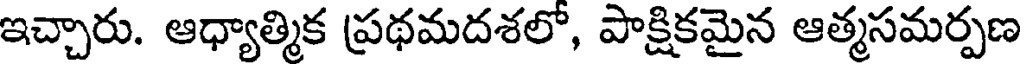
ఇచ్చారు. ఆధ్యాత్మిక ప్రథమదశలో, పాక్షికమైన ఆత్మసమర్పణ